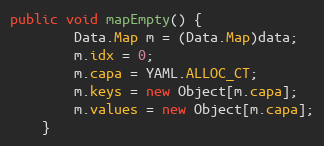
Language: Java
public void mapEmpty() {
        Data.Map m = (Data.Map)data;
        m.idx = 0;
        m.capa = YAML.ALLOC_CT;
        m.keys = new Object[m.capa];
        m.values = new Object[m.capa];
    }